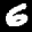
Label: 6